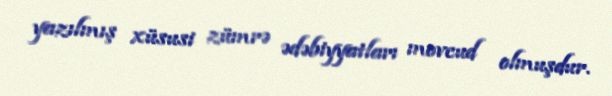
yazılmış xüsusi zümrə ədəbiyyatları movcud olmuşdur.